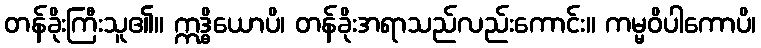
တန်ခိုးကြီးသူ၏။ ဣဒ္ဓိယောပိ၊ တန်ခိုးအရာသည်လည်းကောင်း။ ကမ္မဝိပါကောပိ၊